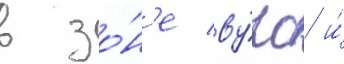
в зо́н'е ву́рс и́